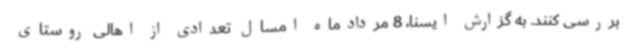
بررسی کنند. به گزارش ایسنا، 8 مردادماه امسال تعدادی از اهالی روستای